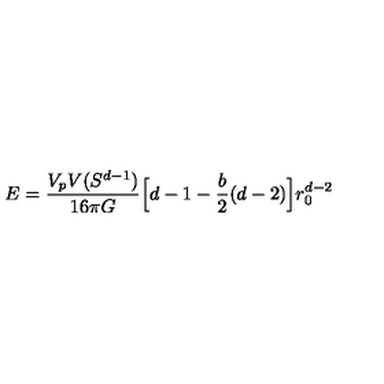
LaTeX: E = \frac { V _ { p } V ( S ^ { d - 1 } ) } { 1 6 \pi G } \Big [ d - 1 - \frac { b } { 2 } ( d - 2 ) \Big ] r _ { 0 } ^ { d - 2 }